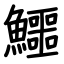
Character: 鱷